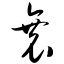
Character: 衰